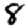
Digit: 8